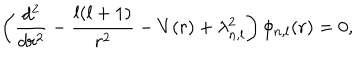
\left( \frac { d ^ { 2 } } { d r ^ { 2 } } - \frac { l ( l + 1 ) } { r ^ { 2 } } - V ( r ) + \lambda _ { n , l } ^ { 2 } \right) \phi _ { n , l } ( r ) = 0 ,